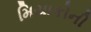
મિયાકોની